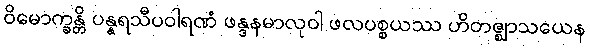
ဝိမောက္ခန္တိ ပန္နရသီပဝါရဏံ ဖန္ဒနမာလုဝါ ဖလပစ္စယဿ ဟိတဇ္ဈာသယေန